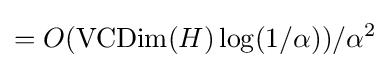
=O(\operatorname {VCDim} (H)\log(1/\alpha ))/\alpha ^{2}\,\!